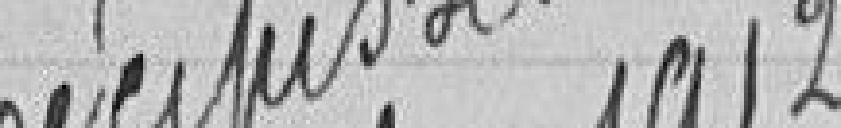
Vu pour récépissé